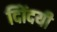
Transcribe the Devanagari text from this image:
दिोंदयी